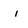
Character: i